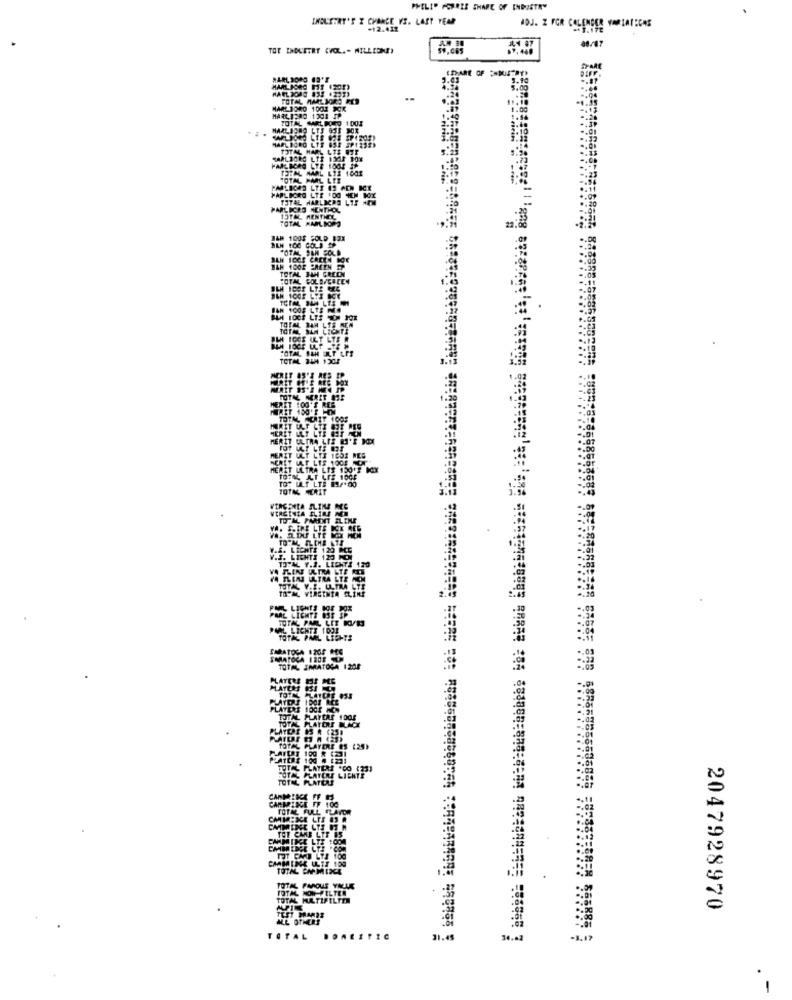
PHILIP FOURIE SHARE OF INDUSTRY
INDUSTRY'S Z CHANCE VS. LAST YEAR
ADJ. Z FOR CALENDER VARIACECAS
-12.412
8/47
TOT INOGETRT (VOL .- MILLIONE)
44 47
5.90
5.00
TOTAL
11.10
MARL 1040 1001 SOK
MAALI380 1201 PP
TOTAL PMAL LTE
MARLBORO LTF :00 *EM BOX
TOTAL HARLDCRS
PARLECRO MENTHOL
13TAL MENTHEL
TOTAL PARLIOPO
JAN 1003 FOLD BOX
BEN 100 GOLD SP
BAN 1002 PACEN P
TOTAL JAH GREEN
OTAL POLDICALEN
TOTAL SAM LICHTE
TOTAL SAM LES MEN
TOTAL SAH ELT LES
TOTAL 24H 1305
TOTAL PLATEUS
CANMENGE FF ES
CAMBRIDGE FF 100
TOTAL FULL FLAVOR
CMMINCE LTE 83 .
CAMINE LTS 07 H
TOT CAMB LTF 15
CAMBRIDGE ULTI 100
TOTAL CAPMISCE
TOTAL PARQUE VALUE
FOTAL HOW-FILTER
TOTAL MLTIFILTER
2047928970
ALL OTHERS
TOTAL
34.02
-1.17
.
1